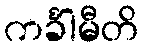
ကင်္ခါမီတိ